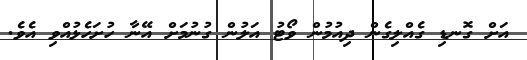
އަށް ގޮނޑި ގެއްލިގެން ދިއުމުން ވޯޓު އަލުން ގުނުމަށް އޭނާ ހުށަހެޅުއްވި އެވެ.